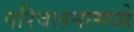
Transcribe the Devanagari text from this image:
परिवलनामध्ये